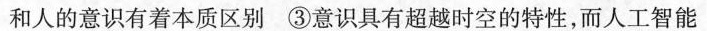
和人的意识有着本质区别③意识具有超越时空的特性，而人工智能